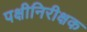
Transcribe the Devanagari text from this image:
पक्षीनिरीक्षक